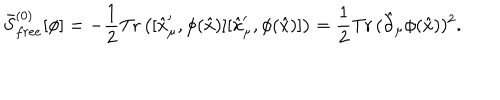
LaTeX: \bar { S } _ { f r e e } ^ { ( 0 ) } [ \phi ] = - { \frac { 1 } { 2 } } \mathrm { T r } \left( [ \hat { x } _ { \mu } ^ { \prime } , \phi ( \hat { x } ) ] [ \hat { x } _ { \mu } ^ { \prime } , \phi ( \hat { x } ) ] \right) = { \frac { 1 } { 2 } } \mathrm { T r } \, ( \hat { \partial } _ { \mu } \phi ( \hat { x } ) ) ^ { 2 } .